Report of an investigation of the epidemic of malarial fever in Assam, or, kala-azar
Disease focus: Malaria
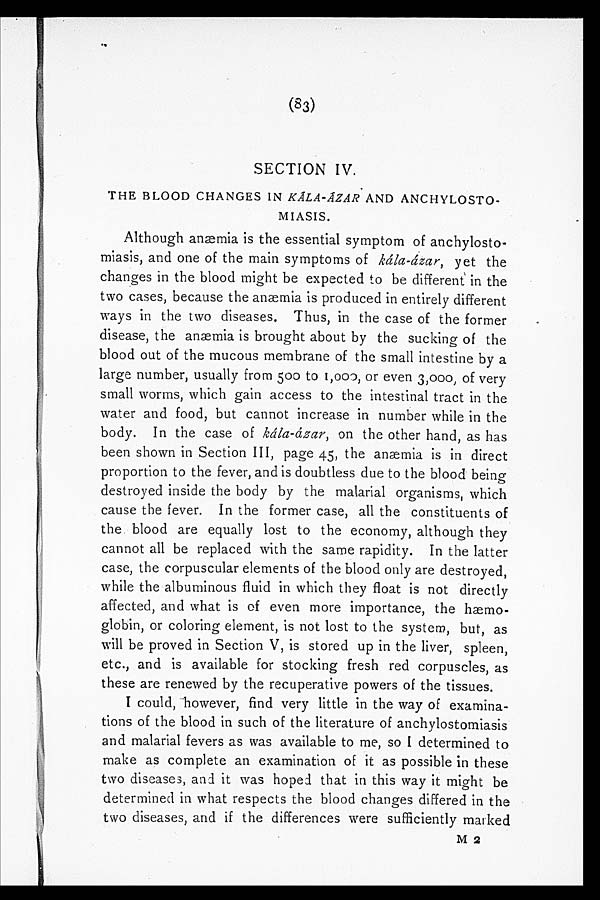
(83)
SECTION IV.
THE BLOOD CHANGES IN KÁLA-ÁZAR AND ANCHYLOSTO-
MIASIS.
Although anæmia is the essential symptom of anchylosto
-miasis, and one of the main symptoms of kála-ázar, yet the
changes in the blood might be expected to be different in the
two cases, because the anæmia is produced in entirely different
ways in the two diseases. Thus, in the case of the former
disease, the anmia is brought about by the sucking of the
blood out of the mucous membrane of the small intestine by a
large number, usually from 500 to 1,000, or even 3,000, of very
small worms, which gain access to the intestinal tract in the
water and food, but cannot increase in number while in the
body. In the case of kála-ázar, on the other hand, as has
been shown in Section III, page 45, the anæmia is in direct
proportion to the fever, and is doubtless due to the blood being
destroyed inside the body by the malarial organisms, which
cause the fever. In the former case, all the constituents of
the blood are equally lost to the economy, although they
cannot all be replaced with the same rapidity. In the latter
case, the corpuscular elements of the blood only are destroyed,
while the albuminous fluid in which they float is not directly
affected, and what is of even more importance, the haemo
-globin, or coloring element, is not lost to the system, but, as
will be proved in Section V, is stored up in the liver, spleen,
etc., and is available for stocking fresh red corpuscles, as
these are renewed by the recuperative powers of the tissues.
I could, however, find very little in the way of examina
- t i o n s o f t h e b l o o d i n s u c h o f t h e l i t e r a t u r e o f a n c h y l o s t o m i a s i s
and malarial fevers as was available to me, so I determined to
make as complete an examination of it as possible in these
two diseases, and it was hoped that in this way it might be
determined in what respects the blood changes differed in the
two diseases, and if the differences were sufficiently marked
M 2